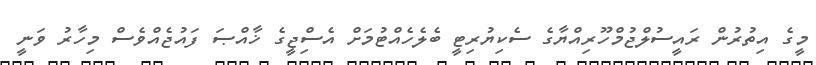
މީގެ އިތުރުން ރައީސުލްޖުމްހޫރިއްޔާގެ ސެކިޔުރިޓީ ބެލެހެއްޓުމަށް އެސްިޖީގެ ޚާއްޞަ ފައުޖެއްވެސް މިހާރު ވަނީ